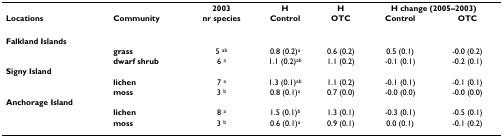
|  |  | 2003 | H | H | <COLSPAN=2> H change (2005–2003) |
 | Locations | Community | nr species | Control | OTC | Control | OTC |
 | --- | --- | --- | --- | --- | --- | --- |
 | Falkland Islands |  |  |  |  |  |  |
 |  | grass | 5 ab | 0.8 (0.2)a | 0.6 (0.2) | 0.5 (0.1) | -0.0 (0.2) |
 |  | dwarf shrub | 6 a | 1.1 (0.2)ab | 1.1 (0.2) | -0.1 (0.1) | -0.2 (0.1) |
 | Signy Island |  |  |  |  |  |  |
 |  | lichen | 7 a | 1.3 (0.1)ab | 1.1 (0.2) | -0.1 (0.1) | -0.1 (0.1) |
 |  | moss | 3 b | 0.8 (0.1)a | 0.7 (0.0) | -0.0 (0.0) | -0.0 (0.0) |
 | Anchorage Island |  |  |  |  |  |  |
 |  | lichen | 8 a | 1.5 (0.1)b | 1.3 (0.1) | -0.3 (0.1) | -0.5 (0.1) |
 |  | moss | 3 b | 0.6 (0.1)a | 0.9 (0.1) | 0.0 (0.1) | -0.1 (0.2) |